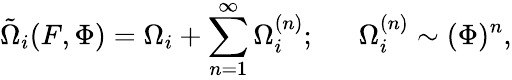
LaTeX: \tilde{\Omega}_{i}(F,\Phi)=\Omega_{i}+\sum_{n=1}^{\infty}\Omega_{i}^{(n)};~~~~~~\Omega_{i}^{(n)}\sim(\Phi)^{n},